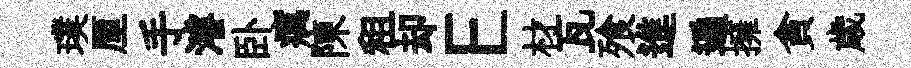
璞厘手濬卧癘陳租却E材瓦飱進遍擁貪歳